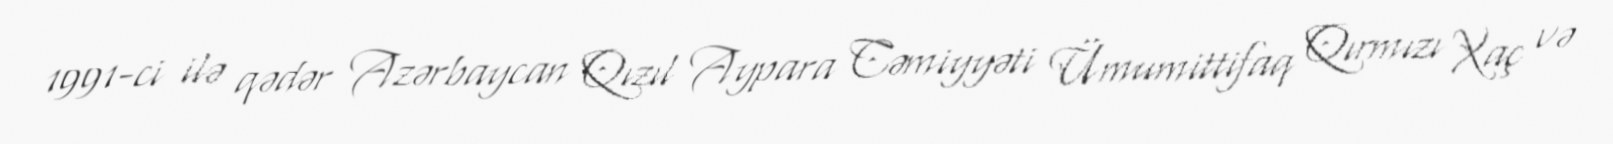
1991-ci ilə qədər Azərbaycan Qızıl Aypara Cəmiyyəti Ümumittifaq Qırmızı Xaç və